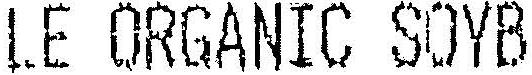
LE ORGANIC SOYB